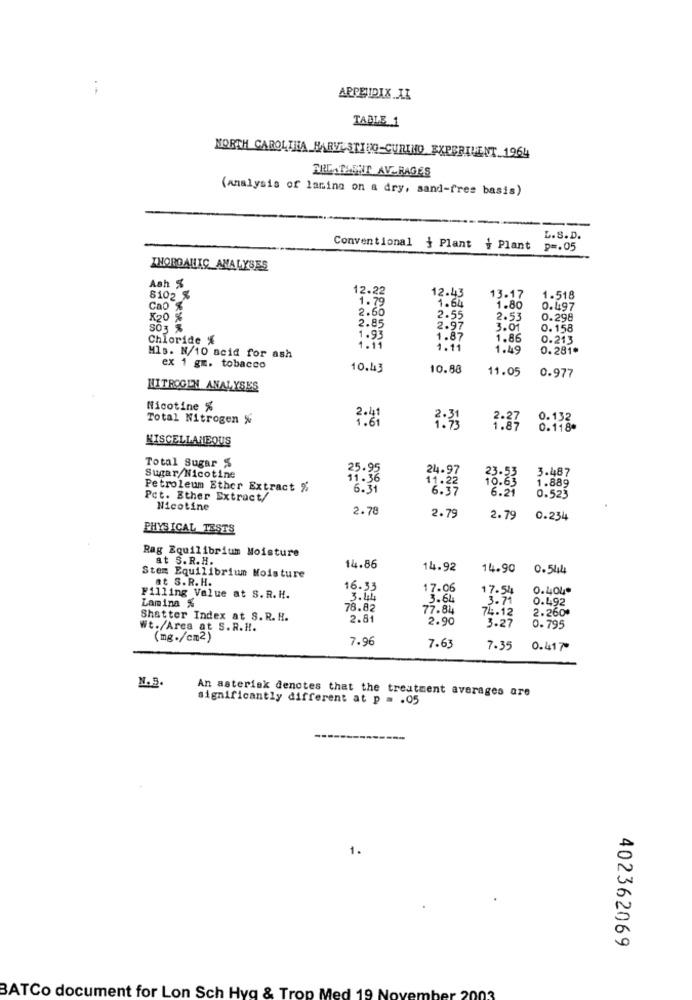
.-
APPENDIX II
TABLE 1
NORTH CAROLINA HARVESTING-CURINO EXPERIMENT 1964
TREATSENT AVERAGES
(analysis of lanina on a dry, sand-free basis)
---
L.8. D.
Conventional { Plant + Plant
p =. 05
INORGANIC ANALYSES
Ash %
8102 %
12.22
1.79
12.43
1.64
13.17
1.518
Cap
2.60
1.80
0.497
x20
2.55
2.53
0.298
SO3 %
2.85
2.97
3.01
0.158
Chloride %
1.93
1.87
1.86
0.213
1.11
1.11
1.49
0.281*
Mls. N/10 acid for ash
ex 1 gm. tobacco
10.43
10.88
11.05
0.977
NITROGEN ANALYSES
Nicotine %
Total Nitrogen %
2.41
0.132
3:33
2:37
MISCELLANEOUS
Total Sugar %
25.95
24.97
3.487
Sugar/Nicotine
11.36
1.889
Petroleum Ether Extract %
6.31
11.22
10.63
6.21
Pet. Ether Extract/
0.523
Nicotine
2.78
2.79
2.79
0.234
PHYSICAL TESTS
Rag Equilibrium Moisture
at S.R.H.
14.86
14.92
14.90
0.544
Stem Equilibrium Moisture
et S.R.H.
16.33
17.06
17.54
0.404*
Lamina %
Filling Value at S.R.H.
3.44
3.64
3.71
0.492
78.87
77.84
74.12
2.260
Shatter Index at S. R. H.
2.81
2.90
Wt./Arca at S.R.H.
3.27
0.795
(mg./cm2)
7.96
7.63
7.35
0.417*
N.B.
An asterisk denotes that the treatment averages are
significantly different at p = . 05
1.
402362069
BATCo document for Lon Sch Hyg & Trop Med 19 Now